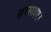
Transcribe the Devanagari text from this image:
सरसाइए।